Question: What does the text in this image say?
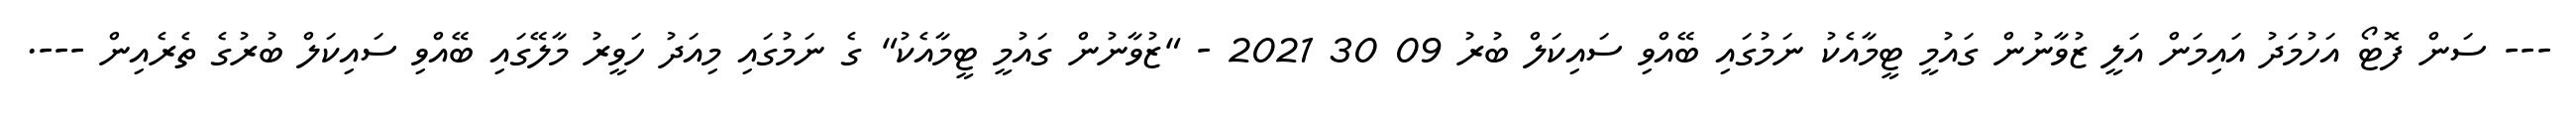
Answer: --- ސަން ފޮޓޯ އަހުމަދު އައިމަން އަލީ ޒުވާނުން ގައުމީ ޓީމާއެކު ނަމުގައި ބޭއްވި ސައިކަލް ބުރު 09 30 2021 - "ޒުވާނުން ގައުމީ ޓީމާއެކު" ގެ ނަމުގައި މިއަދު ހަވީރު މާލޭގައި ބޭއްވި ސައިކަލް ބުރުގެ ތެރެއިން ---.